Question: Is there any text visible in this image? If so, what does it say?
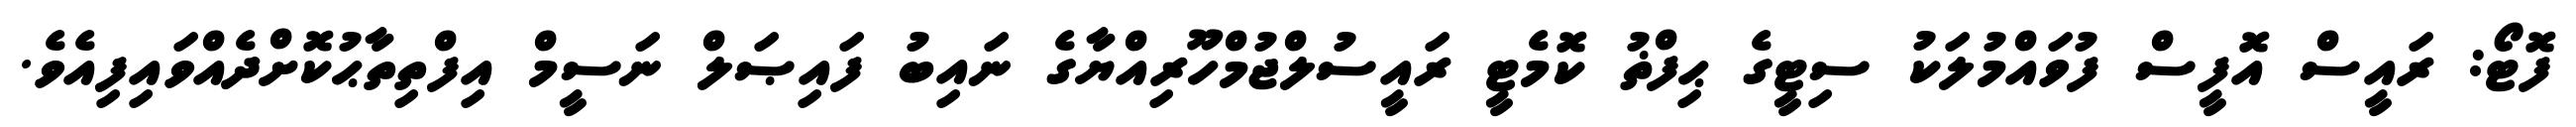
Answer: ފޮޓޯ: ރައީސް އޮފީސް ފުވައްމުލަކު ސިޓީގެ ޙިފްޡު ކޮމެޓީ ރައީސުލްޖުމްހޫރިއްޔާގެ ނައިބު ފައިޞަލް ނަސީމް އިފްތިތާޙުކޮށްދެއްވައިފިއެވެ.